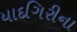
યાદગિરીના